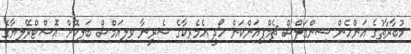
މުބާރާތުގެ އަންހެން ސިންގަލްސް ޗެމްޕިއަންކަން ހޯދީ އެމެރިކާގެ ސެރީނާ ވިލިއަމްސް ބަލިކޮށް އޮސްޓްރޭލިޔާގެ